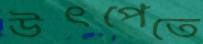
উৎপেতে